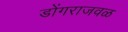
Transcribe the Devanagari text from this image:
डोंगराजवळ